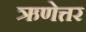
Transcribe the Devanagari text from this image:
ऋणेत्तर